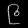
Digit: ၉